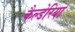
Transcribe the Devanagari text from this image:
कैल्डेरिया